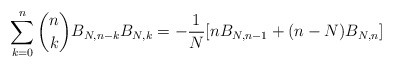
\begin{align*} \sum_{k=0}^{n} \binom{n}{k}B_{N,n-k}B_{N,k} =-\frac{1}{N}[nB_{N,n-1}+(n-N)B_{N,n}] \end{align*}